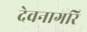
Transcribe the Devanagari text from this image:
देवनागरि